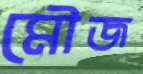
মৌজ